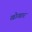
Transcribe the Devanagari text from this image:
खोखार